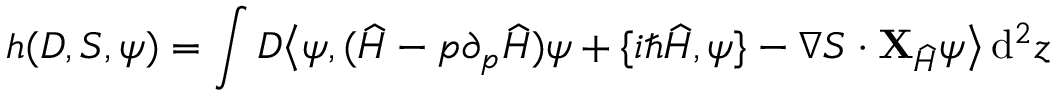
h ( D , S , \psi ) = \int D \big \langle \psi , ( \widehat { H } - p \partial _ { p } \widehat { H } ) \psi + \{ i \hbar \widehat { H } , \psi \} - \nabla S \cdot { \bf X } _ { \widehat { H } } \psi \big \rangle \, \mathrm { d } ^ { 2 } z